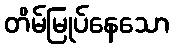
တိမ်မြုပ်နေသော